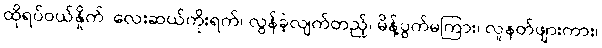
ထိုရပ်ဝယ်နှိုက်၊ လေးဆယ်ကိုးရက်၊ လွန်ခဲ့လျက်တည့်၊ မိန့်ပွက်မကြား၊ လူနတ်ဖျားကား၊